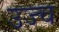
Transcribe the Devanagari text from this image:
उज्च